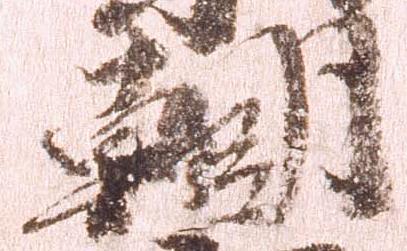
朝